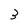
Character: 3